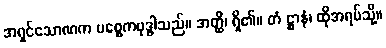
အရှင်သောဏက ပစ္စေကဗုဒ္ဓါသည်။ အတ္ထိ၊ ရှိ၏။ တံ ဋ္ဌာနံ၊ ထိုအရပ်သို့။